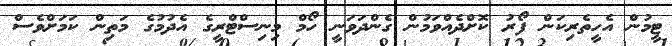
ޓީމުން އެހީތެރިކަން ފޯރު ކޮށްދެއްވަމުން ގެންދަވަނީ ހޯމް މިނިސްޓްރީގެ އެދުމުގެ މަތިން ކަމަށްވެސް